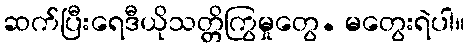
ဆက်ပြီးရေဒီယိုသတ္တိကြွမှုတွေ. မတွေးရဲပါ။